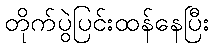
တိုက်ပွဲပြင်းထန်နေပြီး